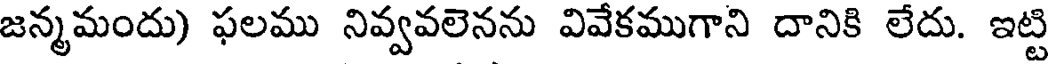
జన్మమందు) ఫలము నివ్వవలెనను వివేకముగాని దానికి లేదు. ఇట్టి